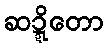
ဆဍ္ဍိတော